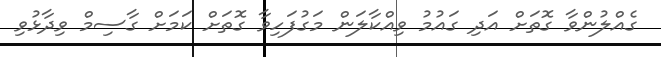
ގެއްލުންވާ ގޮތަށް އަދި ގައުމު ވިއްކާލަން މަގުފަހިވާ ގޮތަށް ކަމަށް ގާސިމް ވިދާޅުވި